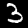
Label: 3